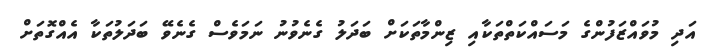
އަދި މުވައްޒަފުންގެ މަސައްކަތްތަކާއި ޒިންމާތަކަށް ބަދަލު ގެނެވުނު ނަމަވެސް ގެނެވޭ ބަދަލުތަކާ އެއްގޮތަށް